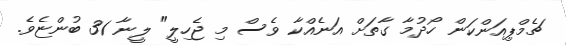
ޗެމްޕިއަންކަން ހޯދުމާ ގާތަށް އަނެއްކާ ވެސް މި ޖެހިލީ" ލީނާ 31 ބުންޏެވެ.